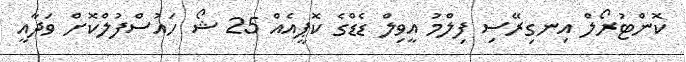
ކޮންޓުރޯލް އިނގިރޭސި ފިލްމު އީވިލް ޑެޑްގެ ކޮޕީއެއް 25 ޝޯ ހައުސްފުލްކޮށް ވަދާއީ